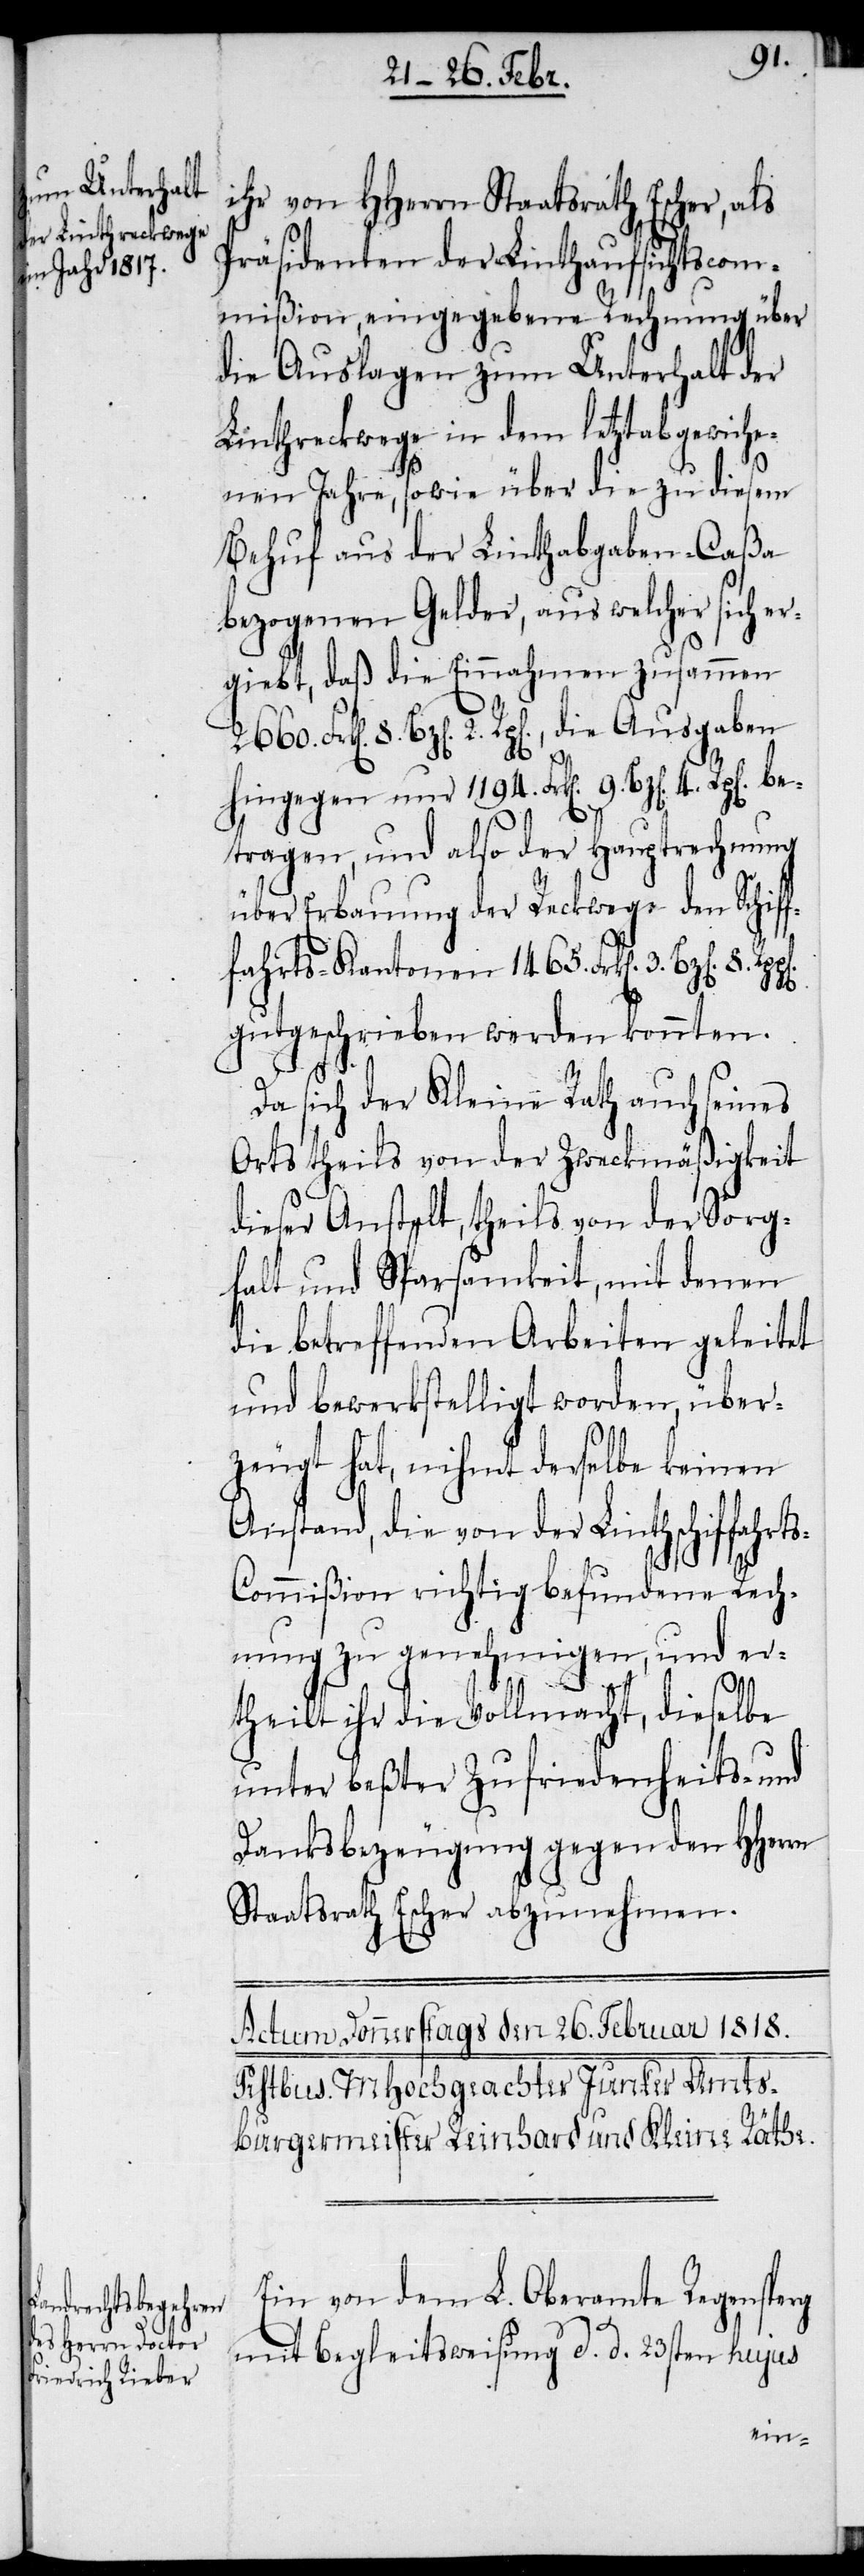
ihr von HHerrn Staatsrath Escher, als
Präsidenten der Linthaufsichtscom¬
mißion, eingegebene Rechnung über
die Auslagen zum Unterhalt der
Linthreckwege in dem letztabgewiche¬
nen Jahre, sowie über die zu diesem
Behuf aus der Linthabgaben-Caßa
bezogenen Gelder, aus welcher sich er¬
giebt, daß die Einnahmen zusammen
8. Bz[en]. 2. Rp[en]., die Ausgaben
hingegen nur 1194. Frk[en]. 9. Bz[en]. 4.
tragen, und also der Hauptrechnung
über Erbauung der Reckwege den Schif¬
fahrts-Kantonen 1465. Frk[en]. 3.
gutgeschrieben werden konnten.
Da sich der Kleine Rath auch seines
Orts theils von der Zweckmäßigkeit
dieser Anstalt, theils von der Sorg¬
falt und Sparsamkeit, mit denen
die betreffenden Arbeiten geleitet
und bewerkstelligt worden, über¬
zeugt hat, nihmt derselbe keinen
Anstand, die von der Linthschiffahrt¬
s-Commißion richtig befundene Rech¬
nung zu genehmigen, und er¬
be¬
theilt ihr die Vollmacht, dieselbe
unter beßter Zufriedenheits- und
Danksbezeugung gegen den HHerrn
Staatsrath Escher abzunehmen.
Ein von dem L. Oberamte Regensperg
mit Begleitsweisung d. d. 23sten hujus